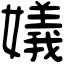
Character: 嬟